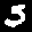
Label: 5